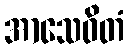
အာသေဝိတံ